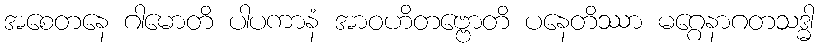
အစေတနေ ဂါမောတိ ပါပကာနံ အာဝဟိတဗ္ဗောတိ ပနေတိဿာ မဂ္ဂေနာဂတသဒ္ဓါ